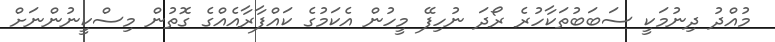
މުއްދު ދިނުމަކީ ސަބަބުތަކާހުރެ ރޯދަ ނުހިފޭ މީހުން އެކަމުގެ ކައްފާރާއެއްގެ ގޮތުން މިސްކީނުންނަށް